Medical and sanitary report of the native army of Madras for the year
Year: 1878
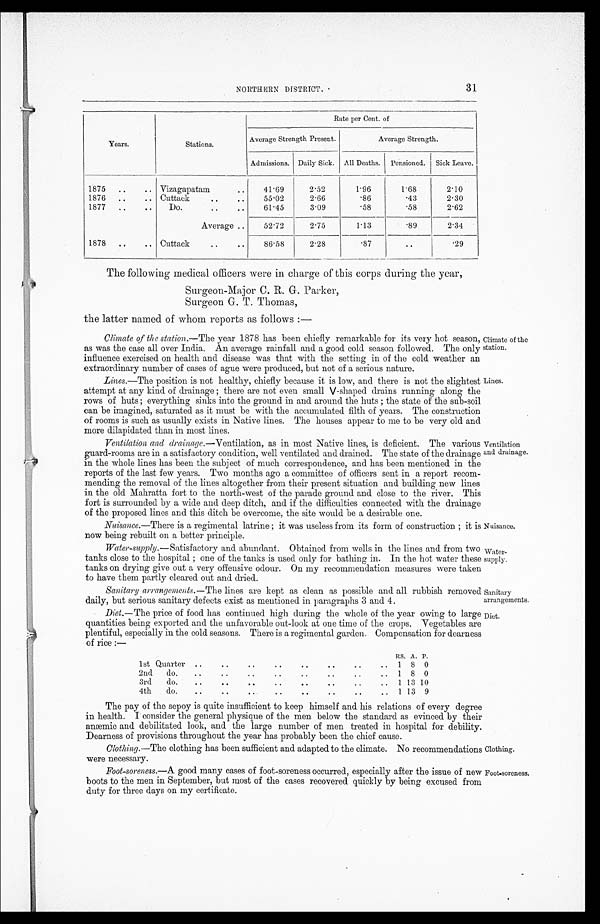
Nuisance.
Water-
supply.
sanitary
arrangernents
Diet.
31
NORTHERN DISTRICT.
Years.
Stations.
Rate per Cent. of
Average Strength Present.
Average Strength.
Admissions. Daily Sick. All Deaths. Pensioned. Sick Leave.
1875 ..
.. Vizagapatam
..
41.69
2.52
1.96
1.68
2.10
1876 ..
.. Cuttack
. .
. .
55.02
2.66
.86
.43
2.30
1877
. .
..
Do
. .
. . 6 1 . 4 5 3.09
.58
.58
2.2
Average ..
52.72
2.75
1.13
.89
2.34
1878 ..
.. Cuttack
..
..
86.58
2.28
.87
..
.29
The following medical officers were in charge of this corps during the year,
Surgeon-Major C. R. G. Parker,
Surgeon G.T. Thomas,
the latter named of whom reports as follows :—
Climate of the station.—The year 1878 has been chiefly remarkable for its very hot season,
as was the case all over India. An average rainfall and a good cold season followed. The only
influence exercised on health and disease was that with the setting in of the cold weather an
extraordinary number of cases of ague were produced, but not of a serious nature.
Lines .—The position is not healthy, chiefly because it is low, and there is not the slightest
attempt at any kind of drainage ; there are not even small V-shaped drains running along the
rows of huts ; everything sinks into the ground in and around the huts ; the state of the sub-soil
can be imagined, saturated as it must be with the accumulated filth of years. The construction
of rooms is such as usually exists in Native lines. The houses appear to me to be very old and
more dilapidated than in most lines.
Ventilation and drainage
.
—
Ventilation, as in most Native lines, is deficient. The various
guard-rooms are in a satisfactory condition, well ventilated and drained. The state of the drainage
in the whole lines has been the subject of much correspondence, and has been mentioned in the
reports of the last few years. Two months ago a committee of officers sent in a report recom-
mending the removal of the lines altogether from their present situation and building new lines
in the old Mahratta fort to the north-west of the parade ground and close to the river. This
fort is surrounded by a wide and deep ditch, and if the difficulties connected -with the drainage
of the proposed lines and this ditch be overcome, the site would be a desirable one.
Nuisance.—There is a regimental latrine ; it was useless from its form of construction ; it is
now being rebuilt on a better principle.
Water-supply. —Satisfactory and abundant. Obtained from wells in the lines and from two
tanks close to the hospital ; one of the tanks is used only for bathing in. In the hot water these
tanks on drying give out a very offensive odour. On my recommendation measures were taken
to have them partly cleared out and dried.
Sanitary arrangements. —The lines are kept as clean as possible and all rubbish removed
daily, but serious sanitary defects exist as mentioned in paragraphs 3 and 4.
Diet.— The price of food has continued high during the whole of the year owing to large
quantities being exported and the unfavorable out-look at one time of the crops. Vegetables are
plentiful, especially in the cold seasons. There is a regimental garden. Compensation for dearness
of rice :—
Climate of the
station.
Lines.
Ventilation
and drainage.
1st Quarter
. .
..
. .
..
..
. .
. .
. .
RS. A. P.
1 8 0
2nd do.
. .
..
. .
. .
. .
..
. .
.. 1 8 0
3rd do.
..
..
. . . .
. .
. .
..
. .
1 13 10
4th do.
. .
. . . .
. .
. .
. .
. .
.. 1 13 9
The pay of the sepoy is quite insufficient to keep himself and his relations of every degree
in health. I consider the general physique of the men below the standard as evinced by their
anæmic and debilitated look, and the large number of men treated in hospital for debility.
Dearness of provisions throughout the year has probably been the chief cause.
Clothing. —The clothing has been sufficient and adapted to the climate. No recommendations Clothing
were necessary.
Foot-soreness.—A good many cases of foot-soreness occurred, especially after the issue of new Foot-soreness.
boots to the men in September, but most of the cases recovered quickly by being excused from
duty for three days on my certificate.